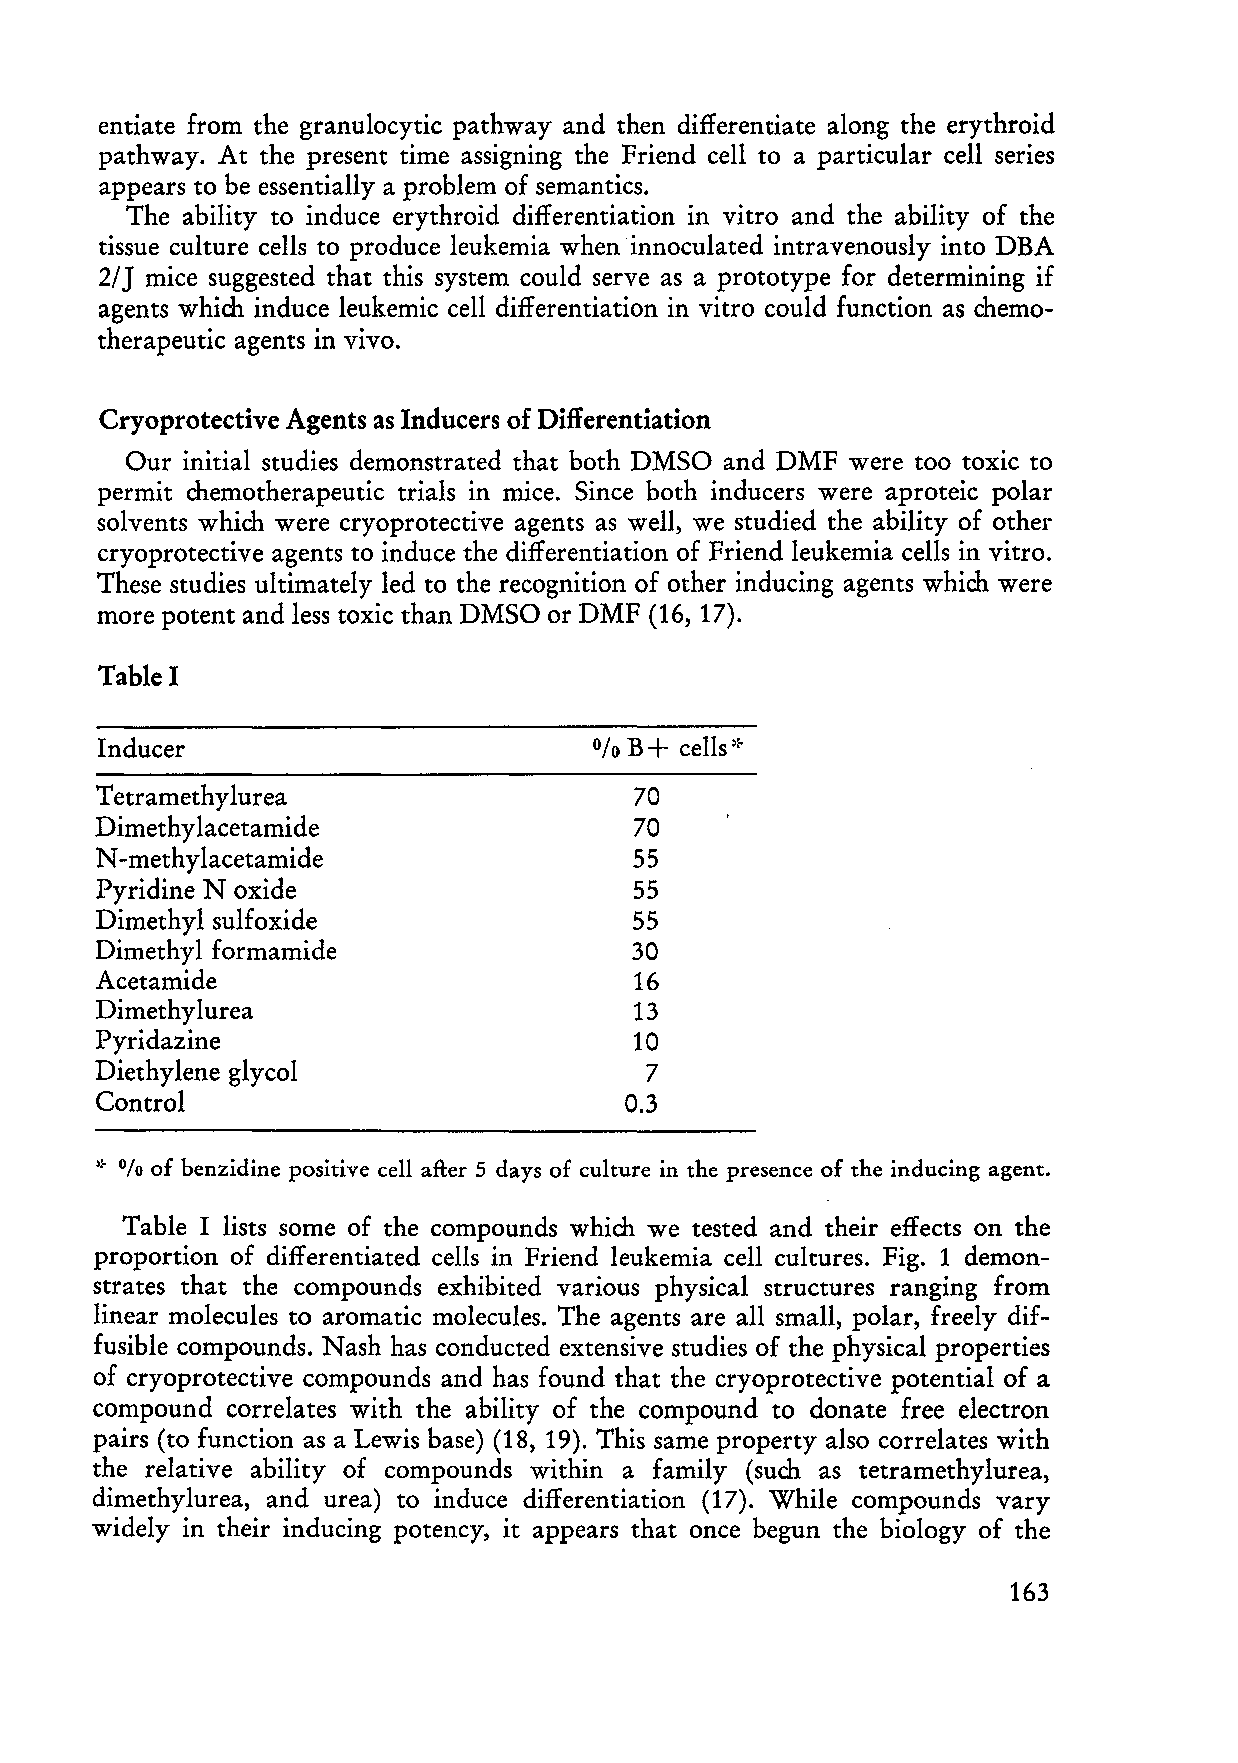
entiate from the granulocytic pathway and then differentiate along the erythroid
 pathway. At the present time assigning the Friend cell to a particular cell series
 appears to be essentially a problem of semanties.
 The ability to induce erythroid differentiation in vitro and the ability of the
 tissue culture cells to produce leukemia when innoculated intravenously into DBA
 2/J mice suggested that this system could serve as a prototype for determining if
 agents which induce leukemic cell differentiation in vitro could function as chemo
 therapeutic agents in vivo.
 Cryoprotective Agents as Inducers of Differentiation
 Our initial studies demonstrated that both DMSO and DMF were too toxic to
 permit chemotherapeutic trials in mice. Since both inducers were aproteic polar
 solvents which were cryoprotective agents as weIl, we studied the ability of other
 cryoprotective agents to induce the differentiation of Friend leukemia cells in vitro.
 These studies ultimately led to the recognition of other inducing agents which were
 more potent and less toxic than DMSO or DMF (16, 17).
 Table I
 +
 Inducer                         0/0 B cells)~
 Tetramethylurea                    70
 Dimethyl acetamide                 70
 N -methylacetamide                 55
 Pyridine N oxide                   55
 Dimethyl sulfoxide                 55
 Dimethyl formamide                 30
 Acetamide                          16
 Dimethylurea                       13
 Pyridazine                         10
 Diethylene glycol                   7
 Control                            0.3
 of benzidine positive cell after 5 days of culture in the presence of the inducing agent.
 .!- %
 Table I lists some of the compounds which we tested and their effects on the
 proportion of differentiated cells in Friend leukemia cell cultures. Fig. 1 demon
 strates that the compounds exhibited various physical structures ranging from
 linear molecules to aromatic molecules. The agents are all small, polar, freely dif
 fusible compounds. Nash has conducted extensive studies of the physical properties
 of cryoprotective compounds and has found that the cryoprotective potential of a
 compound correlates with the ability of the compound to donate free electron
 pairs (to function as a Lewis base) (18, 19). This same property also correla tes with
 the relative ability of compounds within a family (such as tetramethylurea,
 dimethylurea, and urea) to induce differentiation (17). While compounds vary
 widely in their inducing potency, it appears that once begun the biology of the
 163